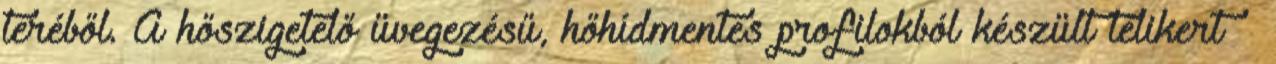
teréből. A hőszigetelő üvegezésű, hőhídmentes profilokból készült télikert –